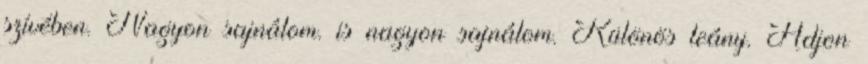
szívében. Nagyon sajnálom. is nagyon sajnálom. Különös leány. Adjon